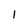
Character: l